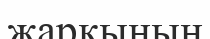
жарқынын